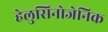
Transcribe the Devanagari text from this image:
हेलुसिनोजेनिक